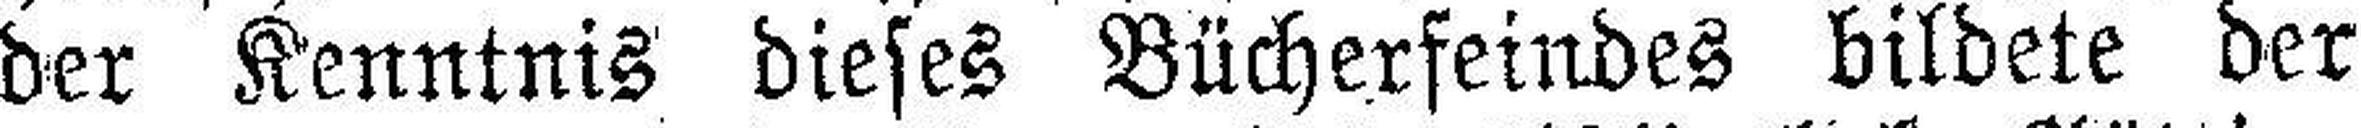
der Kenntnis dieses Bücherfeindes bildete der